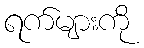
ရက်များကို